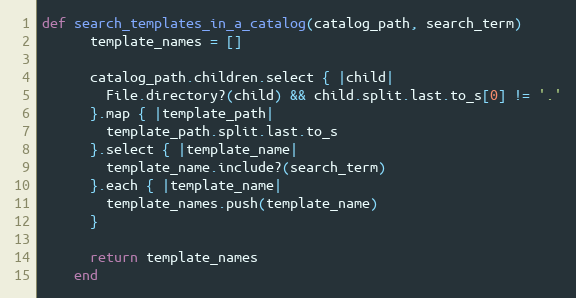
Language: Ruby
def search_templates_in_a_catalog(catalog_path, search_term)
      template_names = []

      catalog_path.children.select { |child|
        File.directory?(child) && child.split.last.to_s[0] != '.'
      }.map { |template_path|
        template_path.split.last.to_s
      }.select { |template_name|
        template_name.include?(search_term)
      }.each { |template_name|
        template_names.push(template_name)
      }

      return template_names
    end